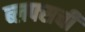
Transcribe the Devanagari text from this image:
ब्लफ्सची